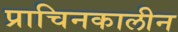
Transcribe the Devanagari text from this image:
प्राचिनकालीन